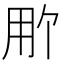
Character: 𬎽